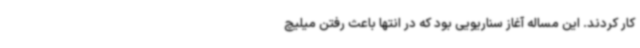
کار کردند. این مساله آغاز سناریویی بود که در انتها باعث رفتن میلیچ